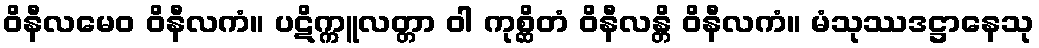
ဝိနီလမေဝ ဝိနီလကံ။ ပဋိက္ကူလတ္တာ ဝါ ကုစ္ဆိတံ ဝိနီလန္တိ ဝိနီလကံ။ မံသုဿဒဋ္ဌာနေသု